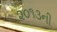
૨૦૧૩ની